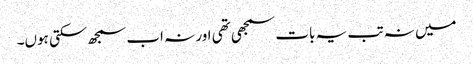
میں نہ تب یہ بات سمجھی تھی اور نہ اب سمجھ سکتی ہوں۔